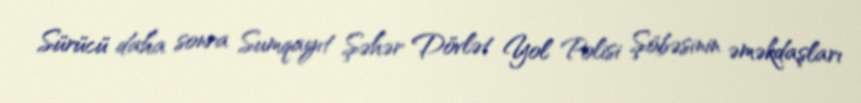
Sürücü daha sonra Sumqayıt Şəhər Dövlət Yol Polisi Şöbəsinin əməkdaşları